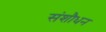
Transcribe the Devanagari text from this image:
संशौधन